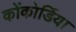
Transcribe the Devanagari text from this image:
कोंकोर्डिया